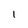
Character: l